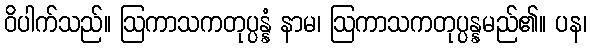
ဝိပါက်သည်။ ဩကာသကတုပ္ပန္နံ နာမ၊ ဩကာသကတုပ္ပန္နမည်၏။ ပန၊